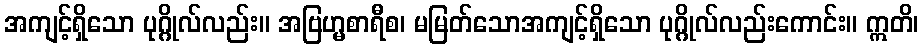
အကျင့်ရှိသော ပုဂ္ဂိုလ်လည်း။ အဗြဟ္မစာရီစ၊ မမြတ်သောအကျင့်ရှိသော ပုဂ္ဂိုလ်လည်းကောင်း။ ဣတိ၊